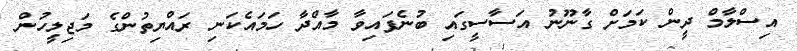
އިސްލާމް ދީން ކަމަށް ގާނޫނު އަސާސީގައި ބުނެފައިވާ މާއްދާ ހަމައެކަނި ރައްޔިތުންގެ މަޖިލީހުން